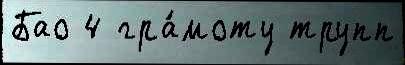
Бао 4 гра́моту трупп